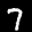
Label: 7